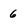
Character: 6